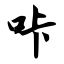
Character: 咔